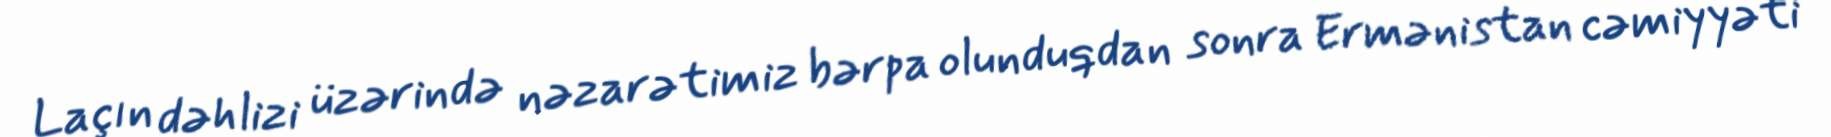
Laçın dəhlizi üzərində nəzarətimiz bərpa olunduqdan sonra Ermənistan cəmiyyəti